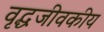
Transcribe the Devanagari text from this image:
वृद्धजीवकीय